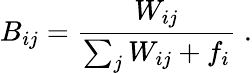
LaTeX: B_{ij}=\frac{W_{ij}}{\sum_{j}W_{ij}+f_{i}}\; .